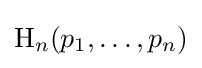
\mathrm {H} _{n}(p_{1},\ldots ,p_{n})